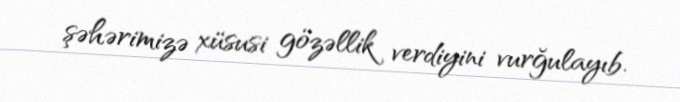
şəhərimizə xüsusi gözəllik verdiyini vurğulayıb.